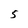
Character: 5